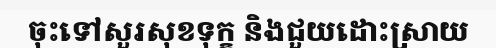
ចុះទៅសួរសុខទុក្ខ និងជួយដោះស្រាយ